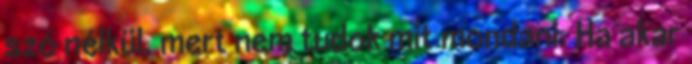
szó nélkül, mert nem tudok mit mondani. Ha akar